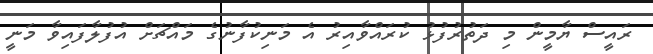
ރައީސް ޔާމީން މި ދަތުރުފުޅު ކުރައްވާއިރު އެ މަނިކުފާނުގެ މައްޗަށް އުފުލާފައިވާ މަނީ